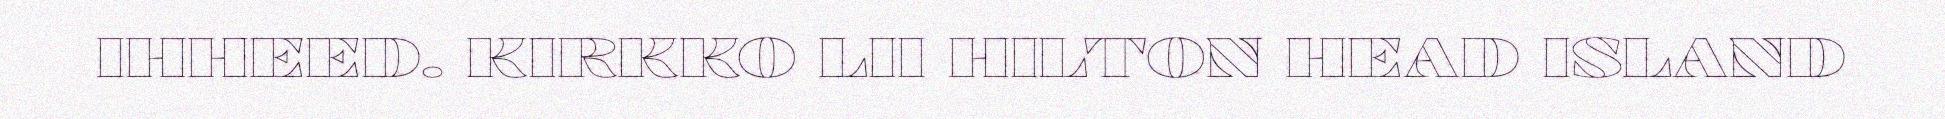
IHHEED. KIRKKO LII HILTON HEAD ISLAND